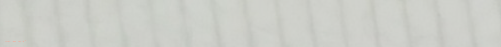
تواصل معنا للحصول على عرو